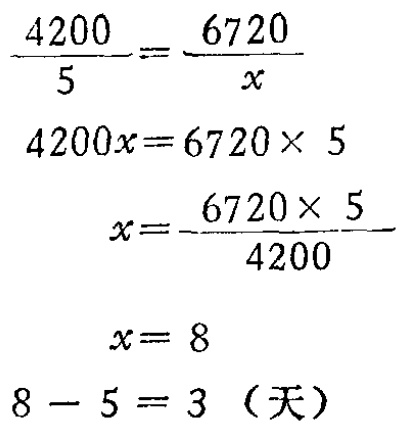
\[\begin{align*}
\frac{4200}{5}&=\frac{6720}{x}\\
4200x&=6720\times 5\\
x&=\frac{6720\times 5}{4200}\\
x&= 8\\
8 - 5 &= 3（天）
\end{align*}\]